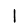
Digit: 1